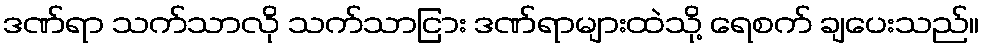
ဒဏ်ရာ သက်သာလို သက်သာငြား ဒဏ်ရာများထဲသို့ ရေစက် ချပေးသည်။